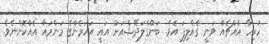
ހުރިހާ އެއްޗެއް ވަނީ ގެއްލިފަ އެވެ. ބަންްގްލަދޭޝްއަށް އައީ އަހަރެންގެ މަންމައާ އެއްކޮންނެވެ.